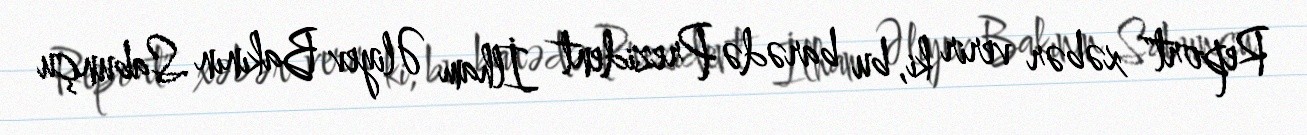
Report" xəbər verir ki, bu barədə Prezident İlham Əliyev Bakının Sabunçu